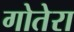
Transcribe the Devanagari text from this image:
गोतेरा